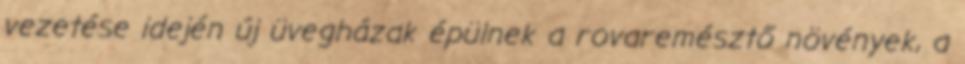
vezetése idején új üvegházak épülnek a rovaremésztő növények, a